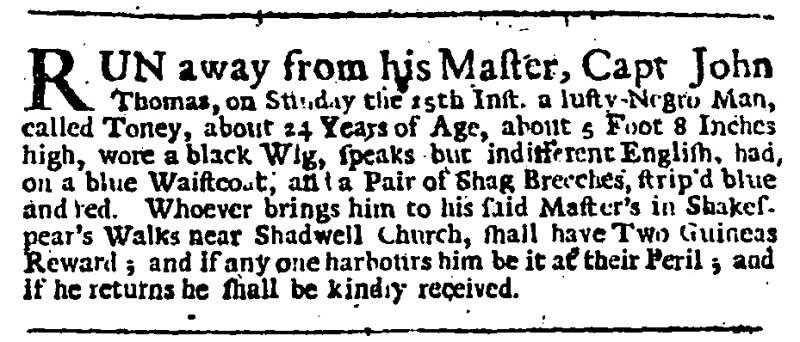
Daily Journal, 24 September 1734 (England)
RUN away from his Master, Capt John Thomas, on Sunday the 15th Inst. a lusty-Negro Man, called Toney, about 24 Years of Age, about 5 Foot 8 Inches high, wore a black Wig, speaks but indifferent English, had on a blue Waistcoat, and a Pair of Shag Breeches, strip’d blue and red. Whoever brings him to his said Master’s in Shakespear’s Walks near Shadwell Church, shall have Two Guineas Reward; and if any one harbours him be it at their Peril; and if he returns he shall be kindly received.